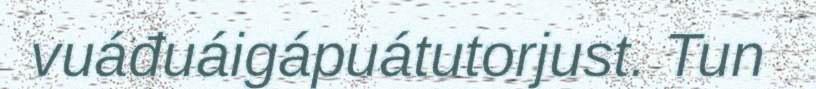
vuáđuáigápuátutorjust. Tun